Report of the Hyderabad Chloroform Commission
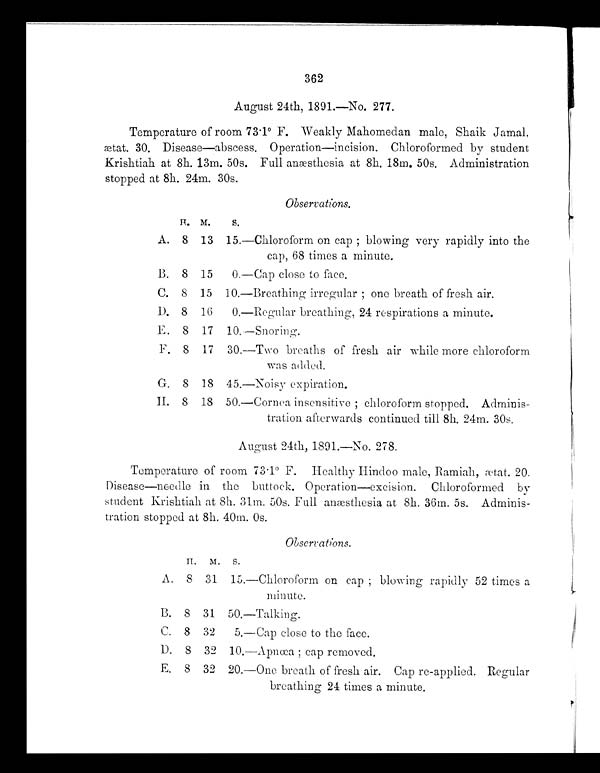
362
August 24th, 1891.—No. 277.
Temperat ure of room 73. 1° F. Weakl y Mahomedan mal e, Shai k Jamal ,
ætat. 30. Disease—abscess. Operation—incision. Chloroformed by student
Krishtiah at 8h. 13m. 50s. Full anæsthesia at 8h. 18m. 50s. Administration
stopped at 8h. 24m. 30s.
Observations.
H. M.
s.
A. 8 13 15.—Chloroform on cap; blowing very rapidly into the
cap, 68 times a minute.
B. 8 15 0.—Cap close to face.
C. 8 15 10.—Breathing irregular; one breath of fresh air.
D. 8 16 0.—Regular breathing, 24 respirations a minute.
E. 8 17 10.—Snoring.
F. 8 17 30.—Two breaths of fresh air while more chloroform
was added.
G. 8 18 45.—Noisy expiration.
H. 8 18 50.—Cornea insensitive; chloroform stopped. Adminis-
tration afterwards continued till 8h. 24m. 30s.
August 24th, 1891.—No. 278.
Temperature of room 73.1° F. Healthy Hindoo male, Ramiah, ætat. 20.
Disease—needle in the buttock. Operation—excision. Chloroformed by
student Krishtiah at 8h. 31m. 50s. Full anæsthesia at 8h. 36m. 5s. Adminis
-tration stopped at 8h. 40m. 0s.
Observations.
H. M. S.
A. 8 31 15.—Chloroform on cap; blowing rapidly 52 times a
minute.
B. 8 31 50.—Talking.
C. 8 32 5.—Cap close to the face.
D. 8 32 10.—Apnœa; cap removed.
E, 8 32 20.—One breath of fresh air. Cap re-applied. Regular
breathing 24 times a minute.